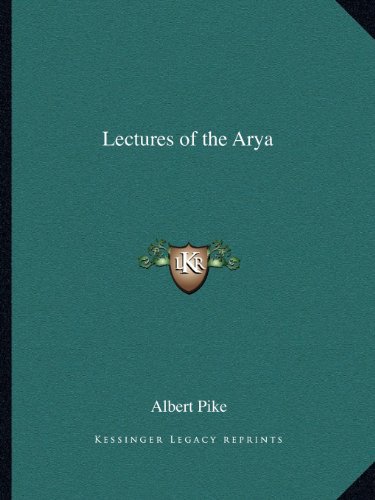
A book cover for Lectures of the Arya; Albert Pike; Literature & Fiction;